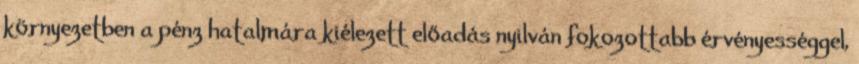
környezetben a pénz hatalmára kiélezett előadás nyilván fokozottabb érvényességgel,